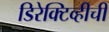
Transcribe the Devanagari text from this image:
डिरेक्टिव्हीची